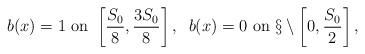
LaTeX: \begin{align*} b(x)=1 \textrm{ on } \left[\frac{S_0}{8}, \frac{3S_0}{8}\right], \;\; b(x)=0 \textrm{ on } \S\setminus\left[0, \frac{S_0}{2}\right],\end{align*}